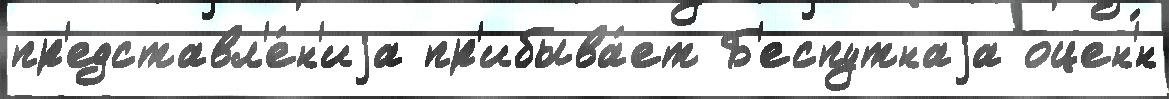
пр'едставл'е́н'иjа пр'ибыва́ет Б'еспутнаjа оцен'́н